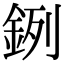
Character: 𨦙